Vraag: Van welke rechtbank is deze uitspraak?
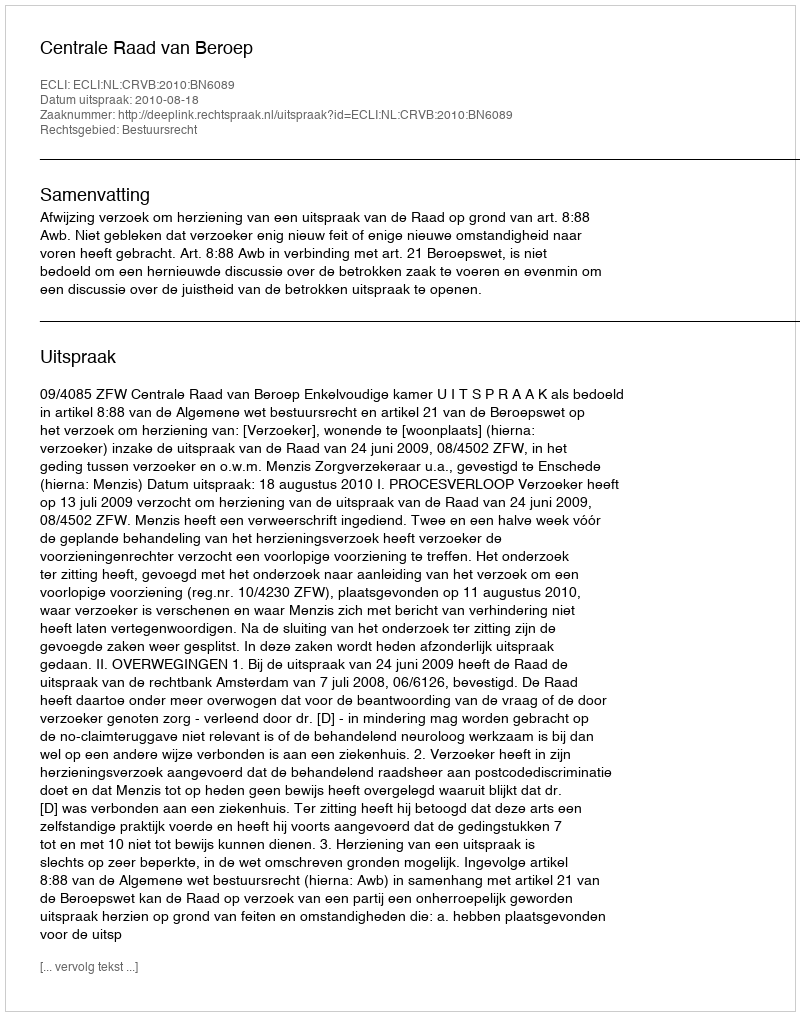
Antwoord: Centrale Raad van Beroep